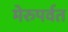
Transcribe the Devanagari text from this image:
मेरुपर्वत